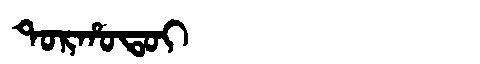
Manchu: ᡨᠣᡵᡥᠣᡨᠣᡳ
Romanization: TORHOTOI